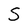
Character: S